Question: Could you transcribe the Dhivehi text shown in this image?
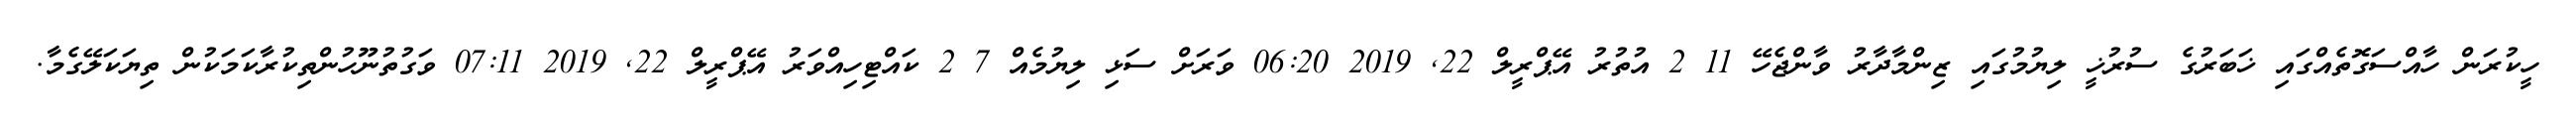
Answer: ހީކުރަން ހާއްސަގޮތެއްގައި ޚަބަރުގެ ސުރުޚީ ލިޔުމުގައި ޒިންމާދާރު ވާންޖެހޭ 11 2 އުތުރު އޭޕްރީލް 22, 2019 06:20 ވަރަށް ސަޅި ލިޔުމެއް 7 2 ކައްޓިހިއްވަރު އޭޕްރީލް 22, 2019 07:11 ވަގުތުނޫހުންތިކުރާކަމަކުން ތިޔަކަލޭގެމާ.